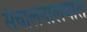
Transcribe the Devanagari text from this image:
संचालनालयात